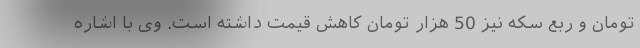
تومان و ربع سکه نیز 50 هزار تومان کاهش قیمت داشته است. وی با اشاره